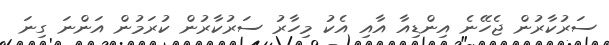
ސަރުކާރުން ޖެހޭނެ އިންޑިއާ އާއި އެކު މިހާރު ސަރުކާރުން ކުރަމުން އަންނަ ގިނަ